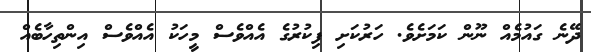
ދޭނެ ގައުމެއް ނޫން ކަމަށެވެ. ހަރުކަށި ފިކުރުގެ އެއްވެސް މީހަކު އެއްވެސް އިންތިހާބެއް